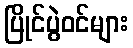
ပြိုင်ပွဲဝင်များ